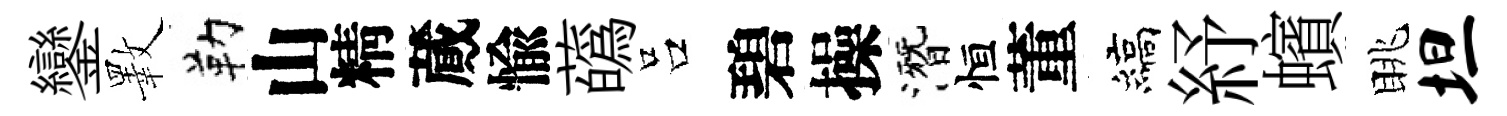
鑾斁勒山精蕆愉蘤吕碧操潛恒董縞紓蠙眺坦